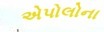
એપોલોના